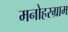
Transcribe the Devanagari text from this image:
मनोहरग्राम